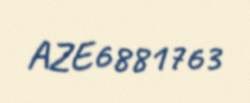
AZE6881763